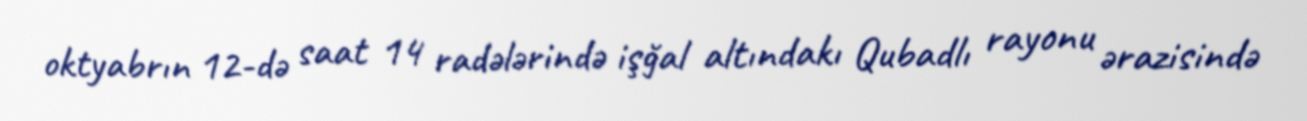
oktyabrın 12-də saat 14 radələrində işğal altındakı Qubadlı rayonu ərazisində